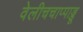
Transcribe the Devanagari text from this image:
वेलीचचाप्पाड्डू